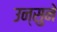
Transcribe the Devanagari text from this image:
उन्सुने